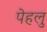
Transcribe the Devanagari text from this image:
पेहलु